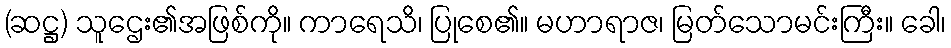
(ဆဋ္ဌ) သူဌေး၏အဖြစ်ကို။ ကာရေသိ၊ ပြုစေ၏။ မဟာရာဇ၊ မြတ်သောမင်းကြီး။ ခေါ၊